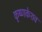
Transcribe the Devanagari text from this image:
कृष्णकेशव